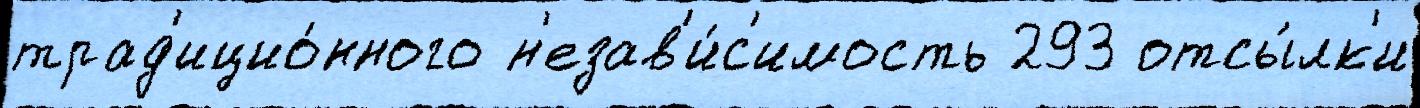
трад'ицио́нного н'езав'и́с'имость 293 отсы́лк'и